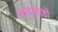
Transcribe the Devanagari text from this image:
बाद्शाहों